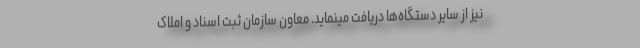
نیز از سایر دستگاه‌ها دریافت مینماید. معاون سازمان ثبت اسناد و املاک